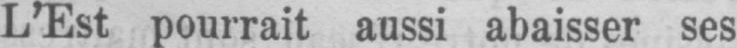
L’Est pourrait aussi abaisser ses